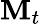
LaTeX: \mathbf{M}_{t}